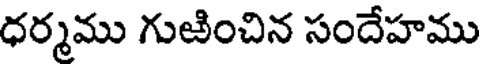
ధర్మము గుఱించిన సందేహము